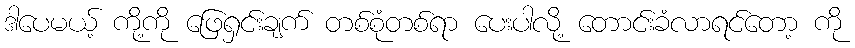
ဒါပေမယ့် ကို့ကို ဖြေရှင်းချက် တစ်စုံတစ်ရာ ပေးပါလို့ တောင်းခံလာရင်တော့ ကို